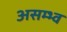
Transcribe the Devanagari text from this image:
असम्भ्व